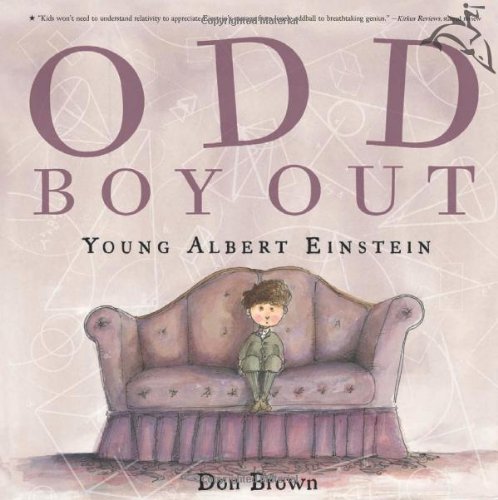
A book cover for Odd Boy Out: Young Albert Einstein; Don Brown; Children's Books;